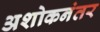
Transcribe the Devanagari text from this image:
अशोकनंतर